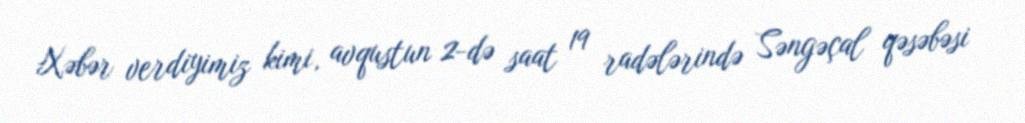
Xəbər verdiyimiz kimi, avqustun 2-də saat 19 radələrində Səngəçal qəsəbəsi